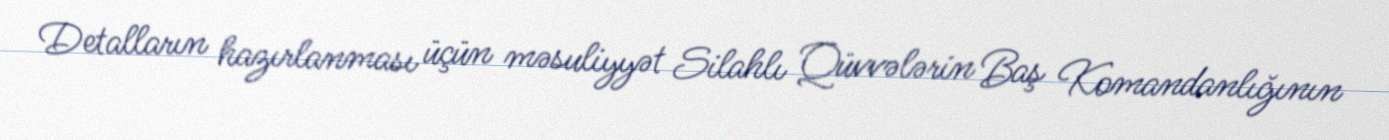
Detalların hazırlanması üçün məsuliyyət Silahlı Qüvvələrin Baş Komandanlığının